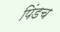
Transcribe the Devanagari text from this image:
पिंडच